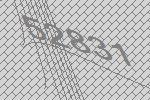
52831